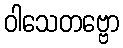
ဝါသေတဗ္ဗော